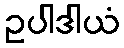
ဥပါဒါယံ